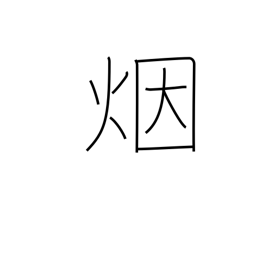
Meaning: smoke